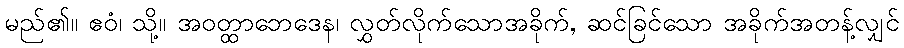
မည်၏။ ဧဝံ၊ သို့။ အဝတ္ထာဘေဒေန၊ လွှတ်လိုက်သောအခိုက်, ဆင်ခြင်သော အခိုက်အတန့်လျှင်